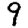
Digit: 9